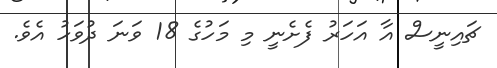
ޗައިނީސް އާ އަހަރު ފެށެނީ މި މަހުގެ 18 ވަނަ ދުވަހު އެވެ.